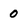
Character: 0